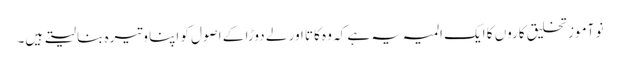
نو آموز تخلیق کاروں کا ایک المیہ یہ ہے کہ وہ کاتا اور لے دوڑا کے اصول کو اپنا وتیرہ بنا لیتے ہیں۔